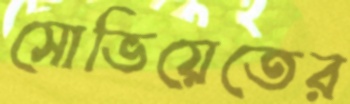
সোভিয়েতের